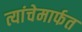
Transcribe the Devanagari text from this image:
त्यांचेमार्फत